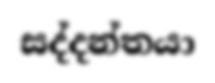
සද්දන්තයා